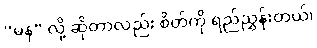
“မန” လို့ ဆိုတာလည်း စိတ်ကို ရည်ညွှန်းတယ်၊